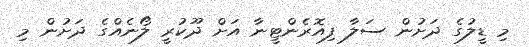
މި ޑީލުގެ ދަށުން ސަލާ ފިއޮރެންޓީނާ އަށް ދޫކުރީ ލޯނެއްގެ ދަށުން މި